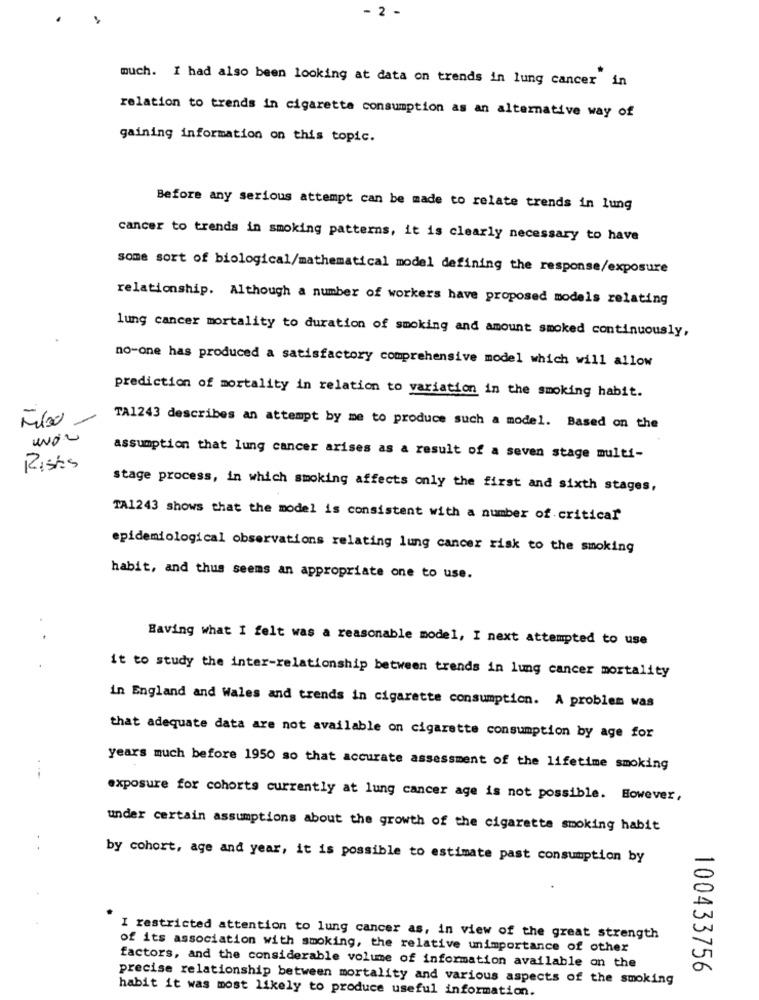
- 2
much. I had also been looking at data on trends in lung cancer in
relation to trends in cigaretta consumption as an alternative way of
gaining information on this topic.
Before any serious attempt can be made to relate trends in lung
cancer to trends in smoking patterns, it is clearly necessary to have
some sort of biological/mathematical model defining the response/exposure
relationship. Although a number of workers have proposed models relating
lung cancer mortality to duration of smoking and amount smoked continuously,
no-one has produced a satisfactory comprehensive model which will allow
prediction of mortality in relation to variation in the smoking habit.
TA1243 describes an attempt by me to produce such a model. Based on the
assumption that lung cancer arises as a result of a seven stage multi-
Risks
stage process, in which smoking affects only the first and sixth stages,
TA1243 shows that the model is consistent with a number of critical
epidemiological observations relating lung cancer risk to the smoking
habit, and thus seems an appropriate one to use.
Having what I felt was a reasonable model, I next attempted to use
it to study the inter-relationship between trends in lung cancer mortality
in England and Wales and trends in cigarette consumption. A problem was
that adequate data are not available on cigarette consumption by age for
years much before 1950 so that accurate assessment of the lifetime smoking
exposure for cohorts currently at lung cancer age is not possible. However,
under certain assumptions about the growth of the cigarette smoking habit
by cohort, age and year, it is possible to estimate past consumption by
I restricted attention to lung cancer as, in view of the great strength
of its association with smoking, the relative unimportance of other
factors, and the considerable volume of information available on the
100433756
precise relationship between mortality and various aspects of the smoking
habit it was most likely to produce useful information.